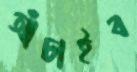
আঁচাইব